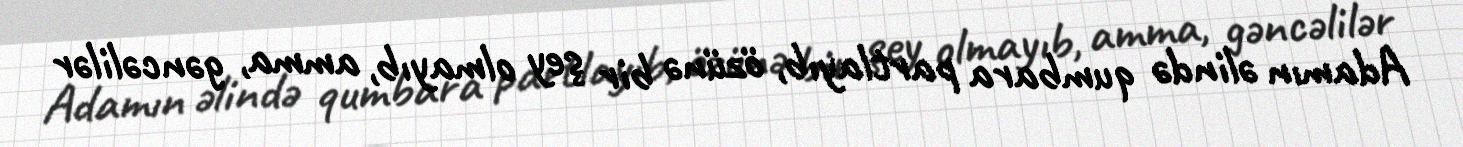
Adamın əlində qumbara partlayıb, özünə bir şey olmayıb, amma, gəncəlilər